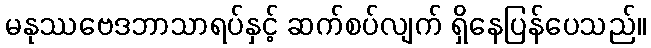
မနုဿဗေဒဘာသာရပ်နှင့် ဆက်စပ်လျက် ရှိနေပြန်ပေသည်။